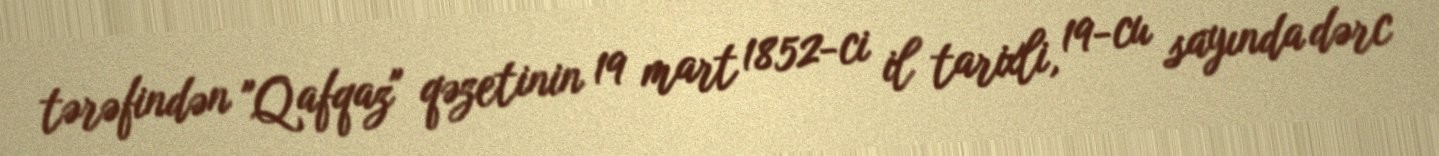
tərəfindən "Qafqaz" qəzetinin 19 mart 1852-ci il tarixli, 19-cu sayında dərc